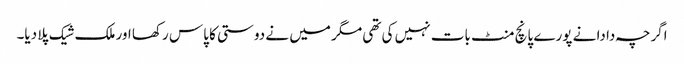
اگرچہ دادا نے پورے پانچ منٹ بات نہیں کی تھی مگر میں نے دوستی کا پاس رکھا اور ملک شیک پلا دیا۔